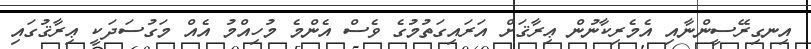
އިނގިރޭސީންނާއި އެމެރިކާނުން ޢިރާޤަށް އަރައިގަތުމުގެ ވެސް އެންމެ މުހިއްމު އެއް މަގުސަދަކީ ޢިރާޤުގައި